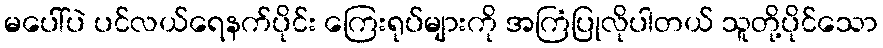
မပေါ်ပဲ ပင်လယ်ရေနက်ပိုင်း ကြေးရုပ်များကို အကြံပြုလိုပါတယ် သူတို့ပိုင်သော